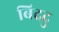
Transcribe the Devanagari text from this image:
बिददु